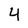
Character: 4